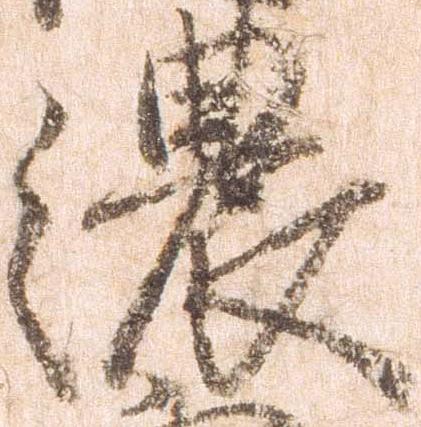
濃